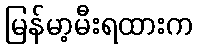
မြန်မာ့မီးရထားက